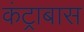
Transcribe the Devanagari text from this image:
कंट्राबास